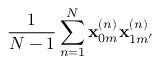
\frac { 1 } { N - 1 } \sum _ { n = 1 } ^ { N } \mathbf { x } _ { 0 m } ^ { ( n ) } \mathbf { x } _ { 1 m ^ { \prime } } ^ { ( n ) }